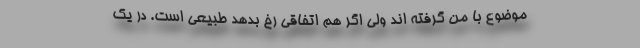
موضوع با من گرفته اند ولی اگر هم اتفاقی رخ بدهد طبیعی است. در یک